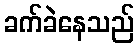
ခက်ခဲနေသည်